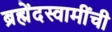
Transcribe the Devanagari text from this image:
ब्रह्मेंदस्वामींची